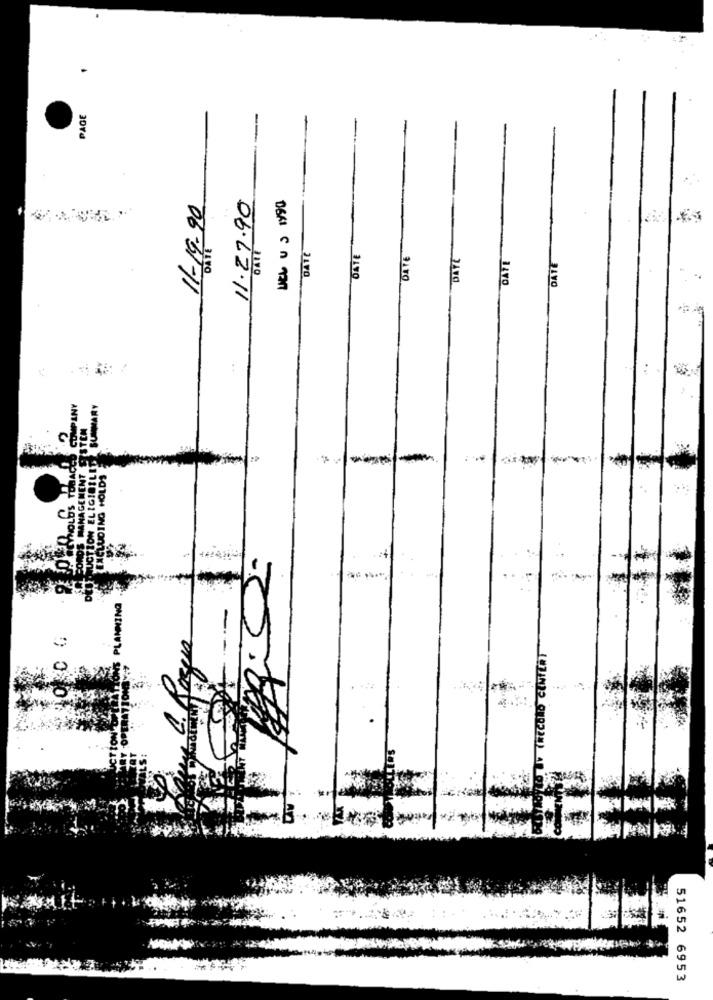
PAGE
11.27.90
11-19-90
DATE
1170
PLANNING
51652 6953